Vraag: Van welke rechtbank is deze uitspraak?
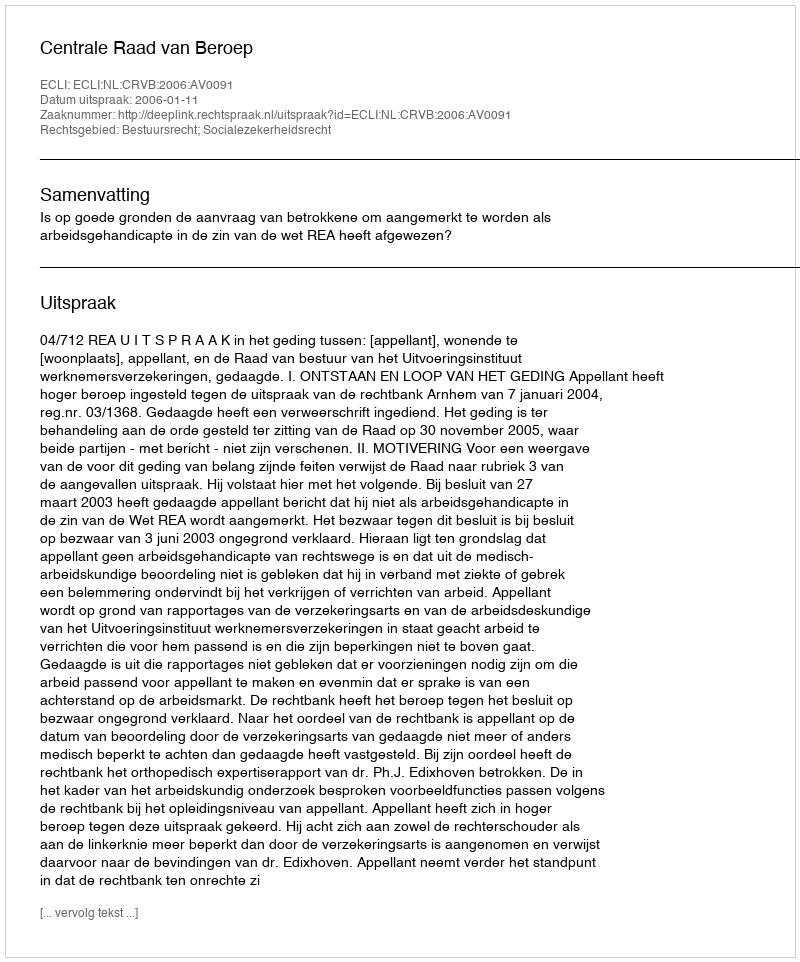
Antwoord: Centrale Raad van Beroep